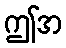
ဤအ